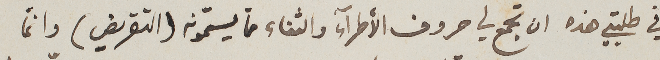
في طلبتي هذه ان تجمع في حروف الأطرآء والثناء ممّا يسمّونه (التقريض) دائماً